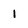
Character: l